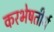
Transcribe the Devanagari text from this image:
करभेषतीर्थ